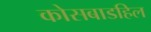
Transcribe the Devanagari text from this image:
कोसबाडहिल